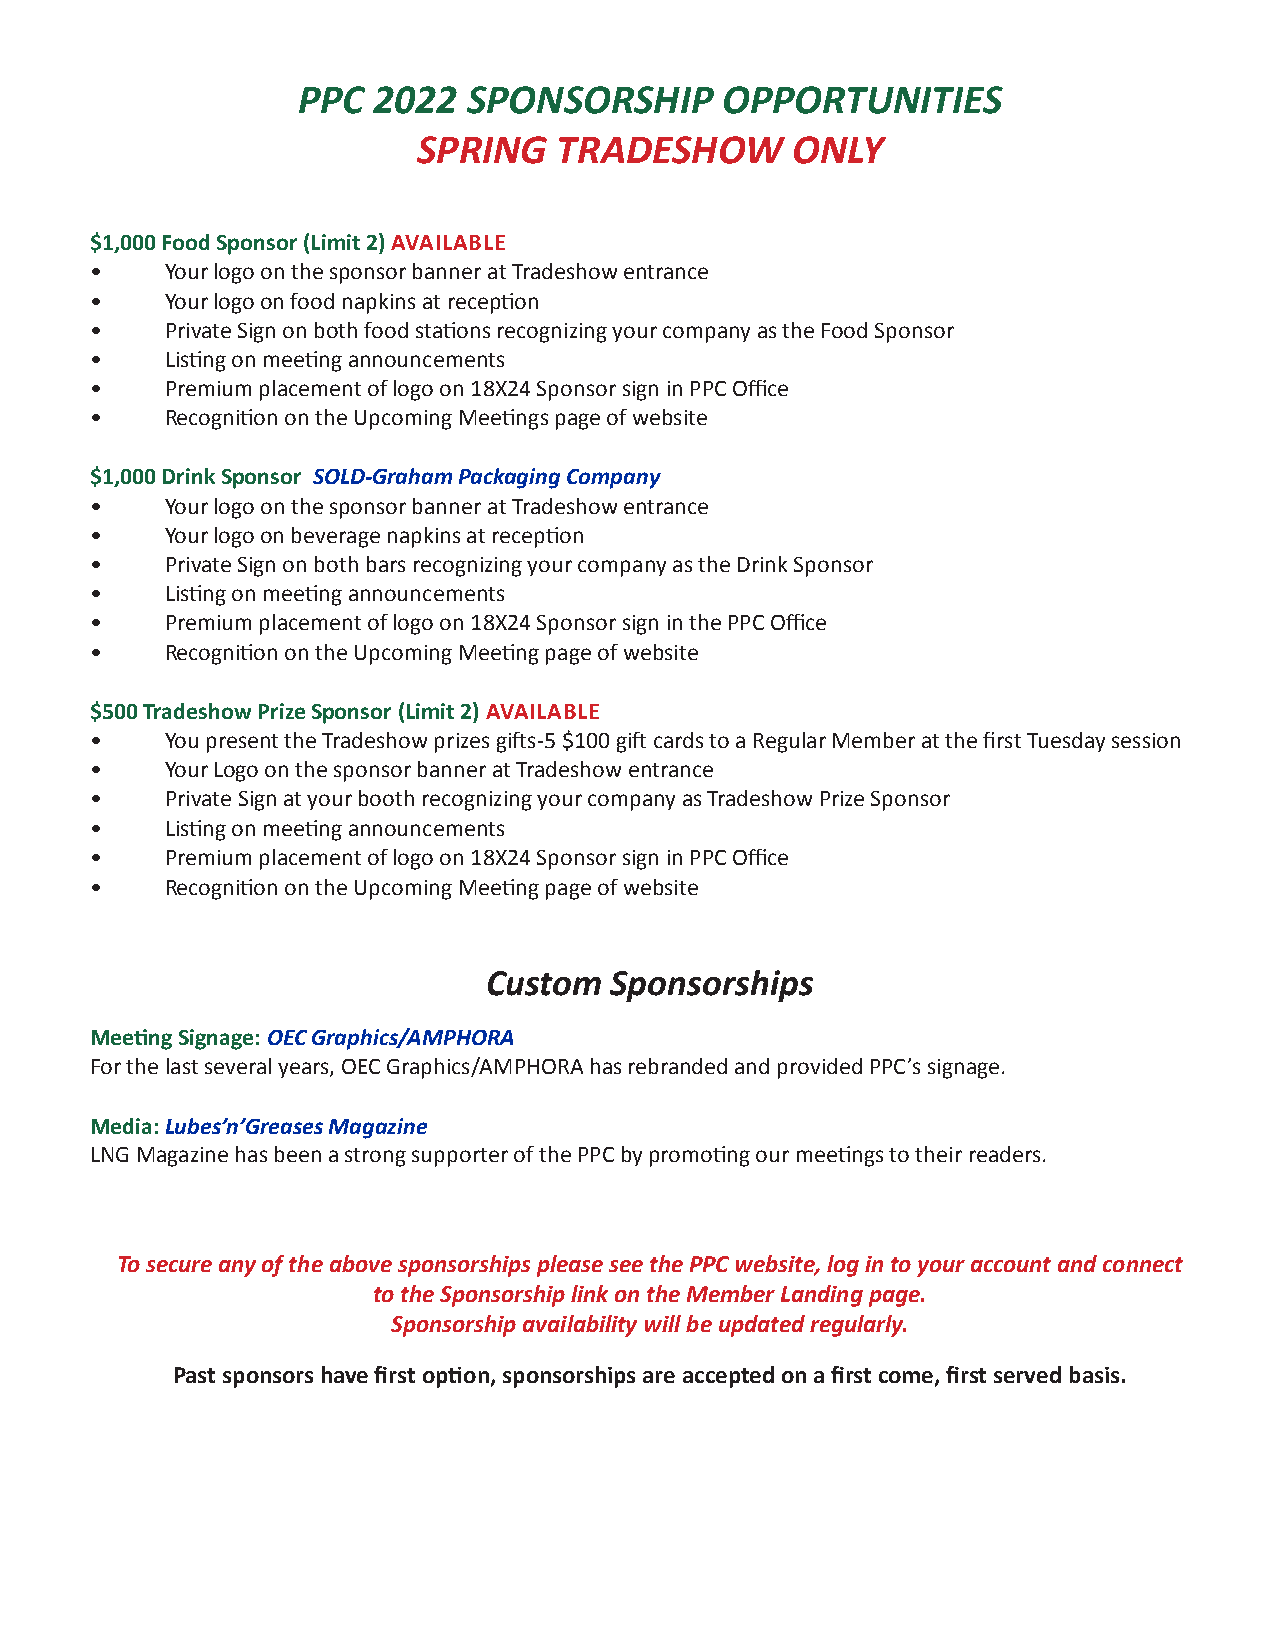
PPC  2022  SPONSORSHIP      OPPORTUNITIES
 SPRING   TRADESHOW      ONLY
 $1,000 Food Sponsor (Limit 2) AVAILABLE
 •    Your logo on the sponsor banner at Tradeshow entrance
 •    Your logo on food napkins at reception
 •    Private Sign on both food stations recognizing your company as the Food Sponsor
 •    Listing on meeting announcements
 •    Premium placement of logo on 18X24 Sponsor sign in PPC Office
 •    Recognition on the Upcoming Meetings page of website
 $1,000 Drink Sponsor SOLD-Graham Packaging Company
 •    Your logo on the sponsor banner at Tradeshow entrance
 •    Your logo on beverage napkins at reception
 •    Private Sign on both bars recognizing your company as the Drink Sponsor
 •    Listing on meeting announcements
 •    Premium placement of logo on 18X24 Sponsor sign in the PPC Office
 •    Recognition on the Upcoming Meeting page of website
 $500 Tradeshow Prize Sponsor (Limit 2) AVAILABLE
 •    You present the Tradeshow prizes gifts-5 $100 gift cards to a Regular Member at the first Tuesday session
 •    Your Logo on the sponsor banner at Tradeshow entrance
 •    Private Sign at your booth recognizing your company as Tradeshow Prize Sponsor
 •    Listing on meeting announcements
 •    Premium placement of logo on 18X24 Sponsor sign in PPC Office
 •    Recognition on the Upcoming Meeting page of website
 Custom  Sponsorships
 Meeting Signage: OEC Graphics/AMPHORA
 For the last several years, OEC Graphics/AMPHORA has rebranded and provided PPC’s signage.
 Media: Lubes’n’Greases Magazine
 LNG Magazine has been a strong supporter of the PPC by promoting our meetings to their readers.
 To secure any of the above sponsorships please see the PPC website, log in to your account and connect
 to the Sponsorship link on the Member Landing page.
 Sponsorship availability will be updated regularly.
 Past sponsors have first option, sponsorships are accepted on a first come, first served basis.